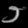
Digit: ၁